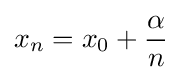
x_{n}=x_{0}+{\frac {\alpha }{n}}